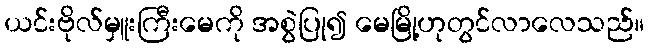
ယင်းဗိုလ်မှူးကြီးမေကို အစွဲပြု၍ မေမြို့ဟုတွင်လာလေသည်။